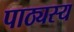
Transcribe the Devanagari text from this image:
पाठ्यस्य